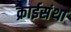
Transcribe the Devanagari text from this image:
क्राईसंथा